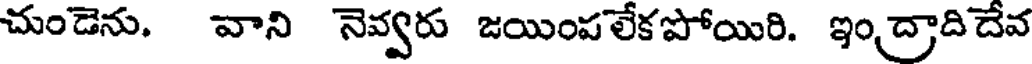
చుండెను. వాని నెవ్వరు జయింపలేకపోయిరి. ఇంద్రాదిదేవ